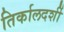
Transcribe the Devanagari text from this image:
तिर्कालदर्शी